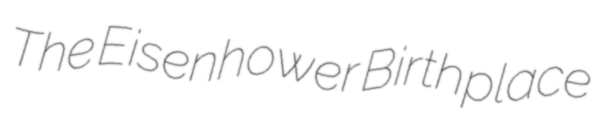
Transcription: The Eisenhower Birthplace